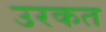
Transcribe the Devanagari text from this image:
उरकत